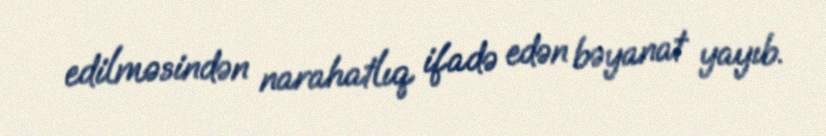
edilməsindən narahatlıq ifadə edən bəyanat yayıb.